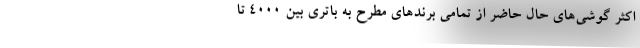
اکثر گوشی‌های حال حاضر از تمامی برندهای مطرح به باتری بین 4000 تا